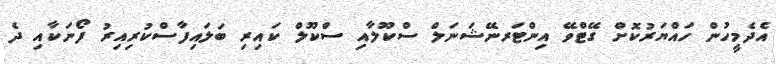
އެދެމީހުން ހައްޔަރުކޮށް ގޭޓްވޭ އިންޓަރނޭޝަނަލް ސްކޫލާއި ސްކޫލް ކައިރި ބަލައިފާސްކުރިއިރު ފޯނަކާއި ދެ